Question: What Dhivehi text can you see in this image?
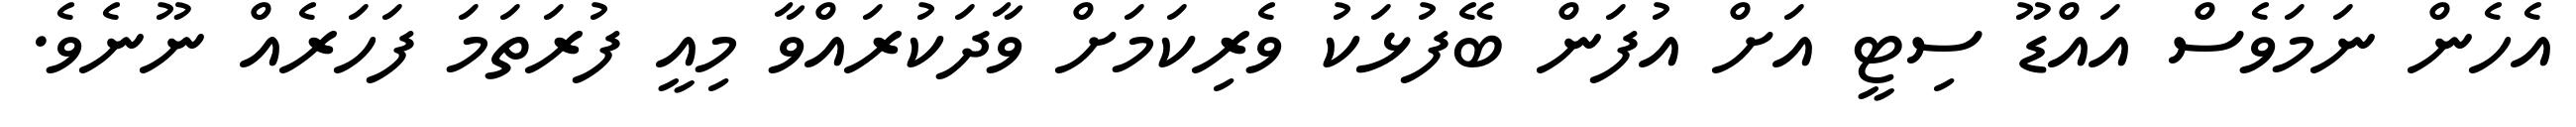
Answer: އެހެން ނަމަވެސް އައްޑޫ ސިޓީ އަށް އުފަން ބޭފުޅަކު ވެރިކަމަށް ވާދަކުރައްވާ މިއީ ފުރަތަމަ ފަހަރެއް ނޫނެވެ.